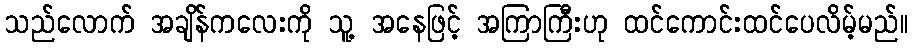
သည်လောက် အချိန်ကလေးကို သူ့ အနေဖြင့် အကြာကြီးဟု ထင်ကောင်းထင်ပေလိမ့်မည်။